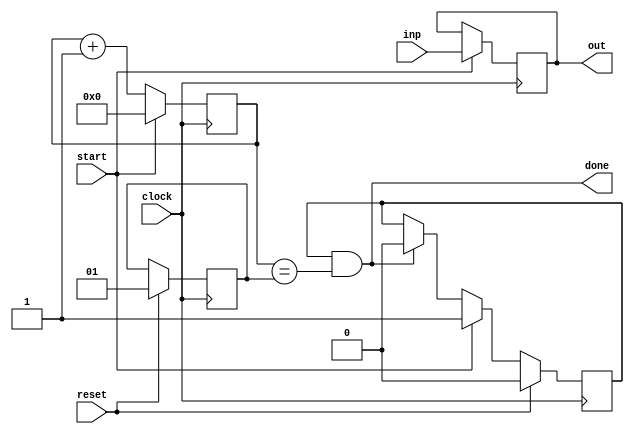
module multi0keep(
	input wire clock,
	input wire reset,
	input wire start,
	input wire [31:0] inp,
	output wire done,
	output wire [31:0] out);

reg [31:0] buffer;
always @(posedge clock)
	if(start) buffer <= inp;

reg [1:0] delay;
always @(posedge clock)
	if(reset)     delay <= 2'h1;
	// else if(done) delay <= delay + 4'h1;

reg [3:0] counter;
always @(posedge clock)
	if(start) counter <= 4'h0;
	else      counter <= counter + 4'h1;

reg running;
always @(posedge clock)
	if(reset)      running <= 1'h0;
	else if(start) running <= 1'h1;
	else if(done)  running <= 1'h0;

assign done = running & (counter == {2'h0, delay});
// as opposed to the regular multi0, we always expose the buffer content
assign out = buffer;

endmodule